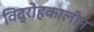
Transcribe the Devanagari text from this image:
विद्रोहकालीन